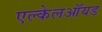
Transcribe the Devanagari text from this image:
एल्केलऑयड